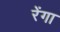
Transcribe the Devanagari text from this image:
रेंगा